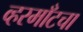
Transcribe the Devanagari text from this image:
व्हरमाँटचा